Papers set at the Examination for Leaving Certificates, 1889
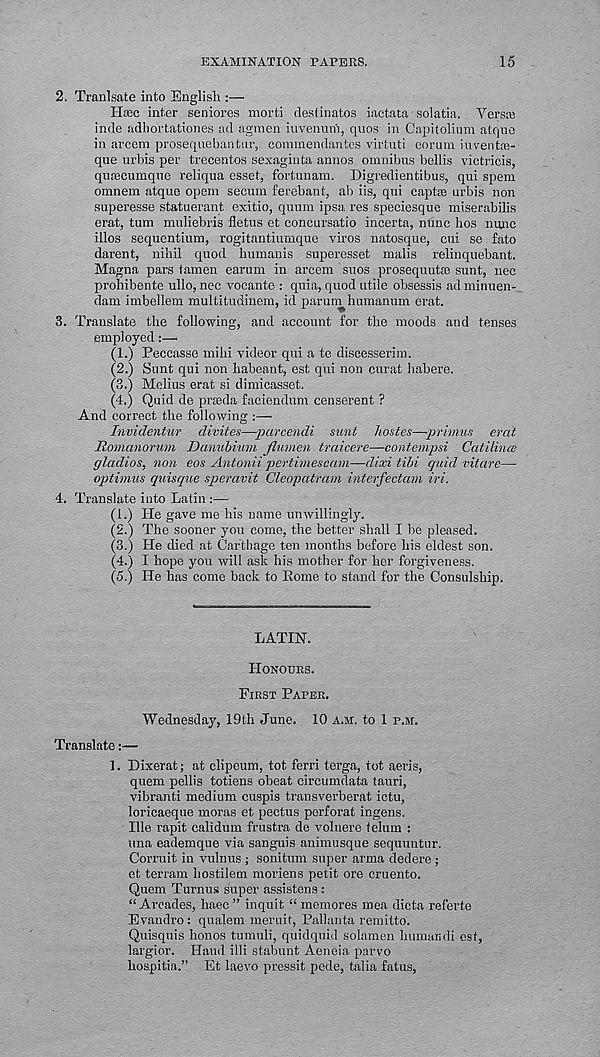
EXAMINATION PAPERS.
15
2. Tranlsate into English :—
Hcec inter seniores morti destinatos iactata solatia. Versa;
inde adhortationes ad agmen iuvenun'i, quos in Capitolium atque
in arcem prosequebantnr, commendantes virtuti eorura iuventfe-
que urbis per trecentos sexaginta annos omnibus bellis victricis,
quascumqne reliqua esset, fortunam. Digredientibus, qui spem
omnem atque opem secum ferebant, ab iis, qui captte urbis non
superesse statuerant exitio, quum ipsa, res speciesque miserabilis
erat, turn muliebris fletus et concursatio incerta, nunc bos nunc
illos sequcntium, rogitantiumque yiros natosque, cui se fato
darent, nihil quod humanis superesset malis relinqucbant.
Magna pars tamen earum in arcem suos prosequutso sunt, nee
prohibente ullo, nec vocante ; quia, quod utile obsessis ad minuen-
dam imbellem multitudinem, id parum humanum erat.
3. Translate the following, and account for the moods and tenses
employed:—
(1.) Peccasse milii videor qui a te discesserim.
(2.) Sunt qui non habeant, est qui non curat habere.
(3.) Melius erat si dimicasset.
(4.) Quid de prseda faciendum censerent ?
And correct the following :—
Invidentur divites—parcendi sunt hostes—primus erat
Romanorum Danubium jlurnen traicere—contempsi Catilinee
gladios, non eos Antonii pertimescam—dixi tibi quid vitare—
optimus quisque speravit Cleopatram interfectam iri.
4. Translate into Latin :—
(1.) He gave me his name unwillingly.
(2.) The sooner you come, the better shall I be pleased.
(3.) He died at Carthage ten months before his eldest son.
(4.) I hope you will ask his mother for her forgiveness.
(5.) He has come back to Home to stand for the Consulship.
LATIN.
HONOURS.
FIRST PAPER.
Wednesday, 19th June. 10 A.JI. to 1 P.M.
Translate:—
1. Dixerat; at clipeum, tot ferri terga, tot aeris,
quern pellis totiens obeat circumdata tauri,
vibranti medium cuspis transverberat ictu,
loricaeque moras et pectus perforat ingens.
Hie rapit calidum frustra de volnere felum :
una eademque via sanguis animusque sequuntur.
Corruit in vuhras ; sonitum super arma dedere;
et terrain hostilem moriens petit ore cruento.
Quem Turnus super assistens :
“Arcades, haec” inquit “ memores tnea dicta referte
Evandro: qualem meruit, Pallanta remitto.
Quisquis honos tumuli, quidquid solamen humandi est,
largior. Hand illi stabunt Aenoia parvo
hoapitia.” Et laevo pressit pede, talia fatus,